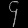
Digit: ၄